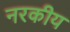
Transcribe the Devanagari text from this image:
नरकीय